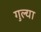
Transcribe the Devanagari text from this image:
गुल्या